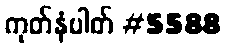
ကုတ်နံပါတ် #5588